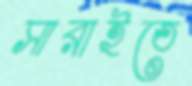
সারাইতে